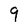
Character: 9